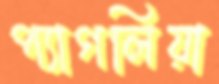
প্যাগলিয়া